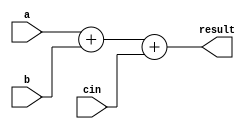
module FullAdder30(
output[29:0] result,
input [29:0] a,b,
input cin
);
assign result = a+b+cin;

endmodule